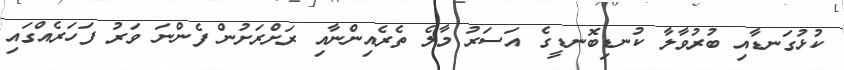
ކުޅުގަނޑާއި ބުރުވާލާ ކުނޑިބޮނޑީގެ އަސަރު މާލެ ތެރެއިންނާއި ރަށްރަށުން ފެންނަ ވަރު ފަހަރެއްގައި